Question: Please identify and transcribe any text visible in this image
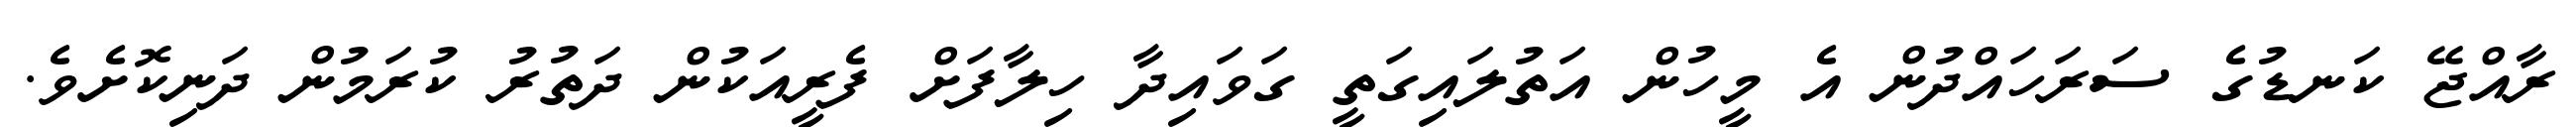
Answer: ރާއްޖޭ ކަނޑުގެ ސަރަހައްދުން އެ މީހުން އަތުލައިގަތީ ގަވައިދާ ހިލާފަށް ފެރީއަކުން ދަތުރު ކުރަމުން ދަނިކޮށެވެ.